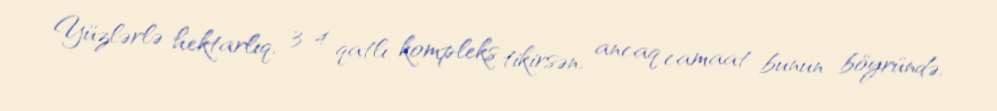
Yüzlərlə hektarlıq, 3-4 qatlı kompleks tikirsən, ancaq camaat bunun böyründə,